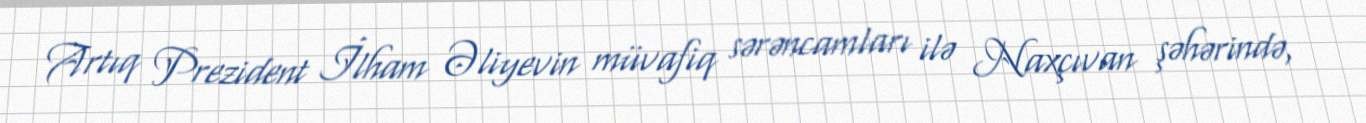
Artıq Prezident İlham Əliyevin müvafiq sərəncamları ilə Naxçıvan şəhərində,